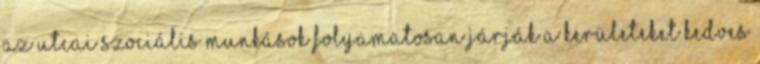
Az utcai szociális munkások folyamatosan járják a kerületeket Kedves